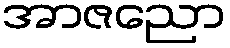
အာဇညော